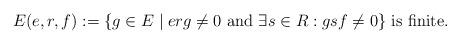
LaTeX: \begin{align*} E(e,r,f):=\{g\in E\mid erg\ne 0\mbox{ and }\exists s\in R: gsf\ne 0\}\mbox{ is finite.}\end{align*}